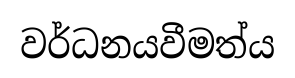
වර්ධනයවීමත්ය